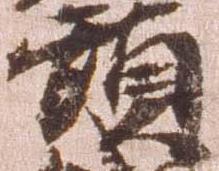
頭